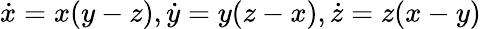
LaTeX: \dot{x}=x(y-z),\dot{y}=y(z-x),\dot{z}=z(x-y)